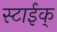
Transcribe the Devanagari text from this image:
स्टाईक्